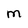
Character: M